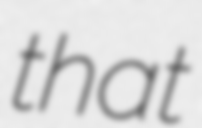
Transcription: that